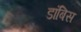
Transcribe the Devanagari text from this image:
डांबिस